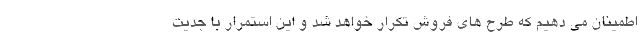
اطمینان می دهیم که طرح های فروش تکرار خواهد شد و این استمرار با جدیت